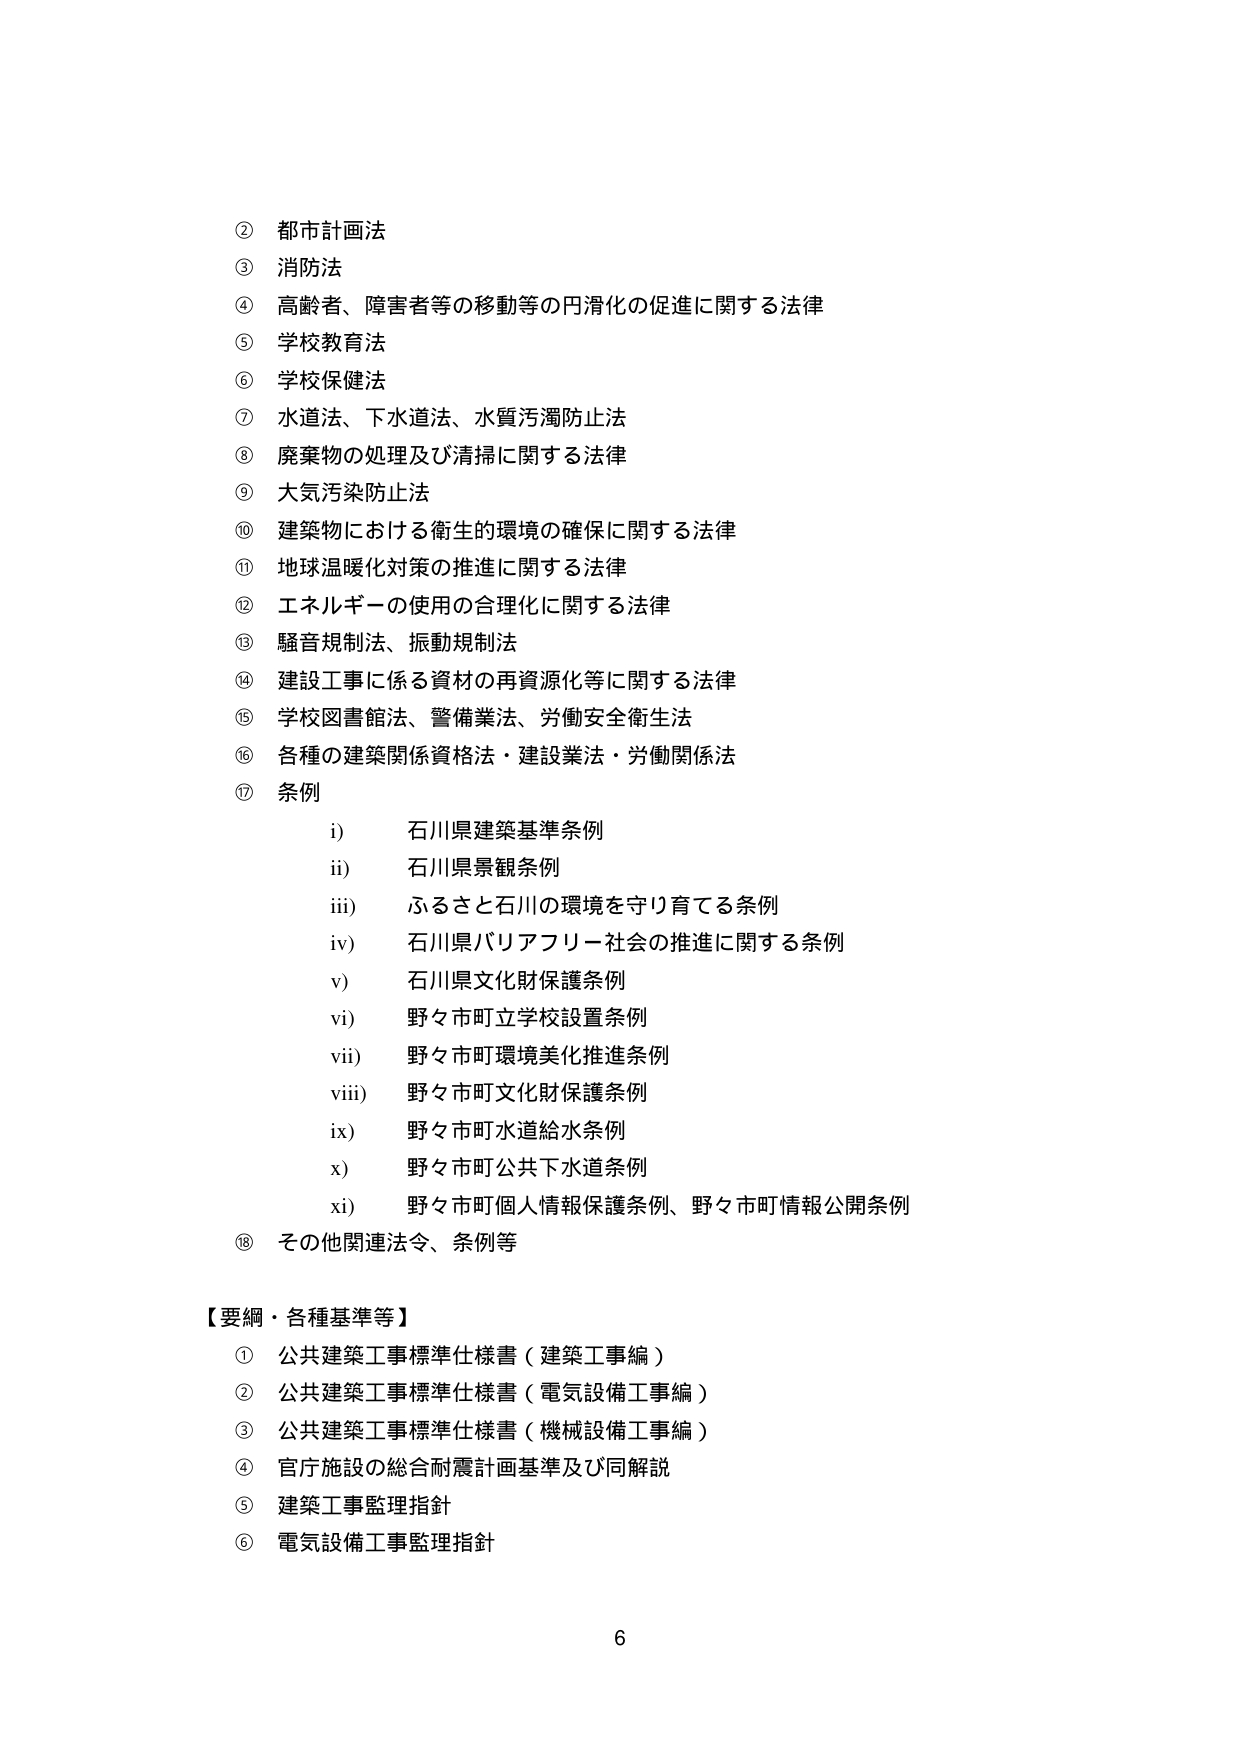
② 都市計画法
③ 消防法
④ 高齢者、障害者等の移動等の円滑化の促進に関する法律
⑤ 学校教育法
⑥ 学校保健法
⑦ 水道法、下水道法、水質汚濁防止法
⑧ 廃棄物の処理及び清掃に関する法律
⑨ 大気汚染防止法
⑩ 建築物における衛生的環境の確保に関する法律
⑪ 地球温暖化対策の推進に関する法律
⑫ エネルギーの使用の合理化に関する法律
⑬ 騒音規制法、振動規制法
⑭ 建設工事に係る資材の再資源化等に関する法律
⑮ 学校図書館法、警備業法、労働安全衛生法
⑯ 各種の建築関係資格法・建設業法・労働関係法
⑰ 条例
　　i) 石川県建築基準条例
　　ii) 石川県景観条例
　　iii) ふるさと石川の環境を守り育てる条例
　　iv) 石川県バリアフリー社会の推進に関する条例
　　v) 石川県文化財保護条例
　　vi) 野々市町立学校設置条例
　　vii) 野々市町環境美化推進条例
　　viii) 野々市町文化財保護条例
　　ix) 野々市町水道給水条例
　　x) 野々市町公共下水道条例
　　xi) 野々市町個人情報保護条例、野々市町情報公開条例
⑱ その他関連法令、条例等

【要綱・各種基準等】
① 公共建築工事標準仕様書（建築工事編）
② 公共建築工事標準仕様書（電気設備工事編）
③ 公共建築工事標準仕様書（機械設備工事編）
④ 官庁施設の総合耐震計画基準及び同解説
⑤ 建築工事監理指針
⑥ 電気設備工事監理指針

6